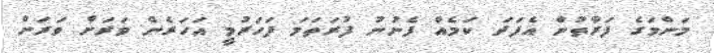
މަންމަގެ ފަރާތުން އެފަދަ ކަމެއް ފެނުނު ފުރަތަމަ ފަހަރުމީ އަހަރެން ވަރަށް ވަރަށް